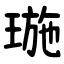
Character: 㻢